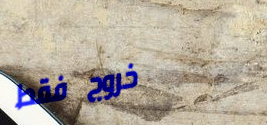
خروج فقط